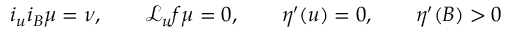
i _ { u } i _ { B } \mu = \nu , \qquad \mathcal { L } _ { u } f \mu = 0 , \qquad \eta ^ { \prime } ( u ) = 0 , \qquad \eta ^ { \prime } ( B ) > 0